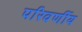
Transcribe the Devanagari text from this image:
परिवर्णीय